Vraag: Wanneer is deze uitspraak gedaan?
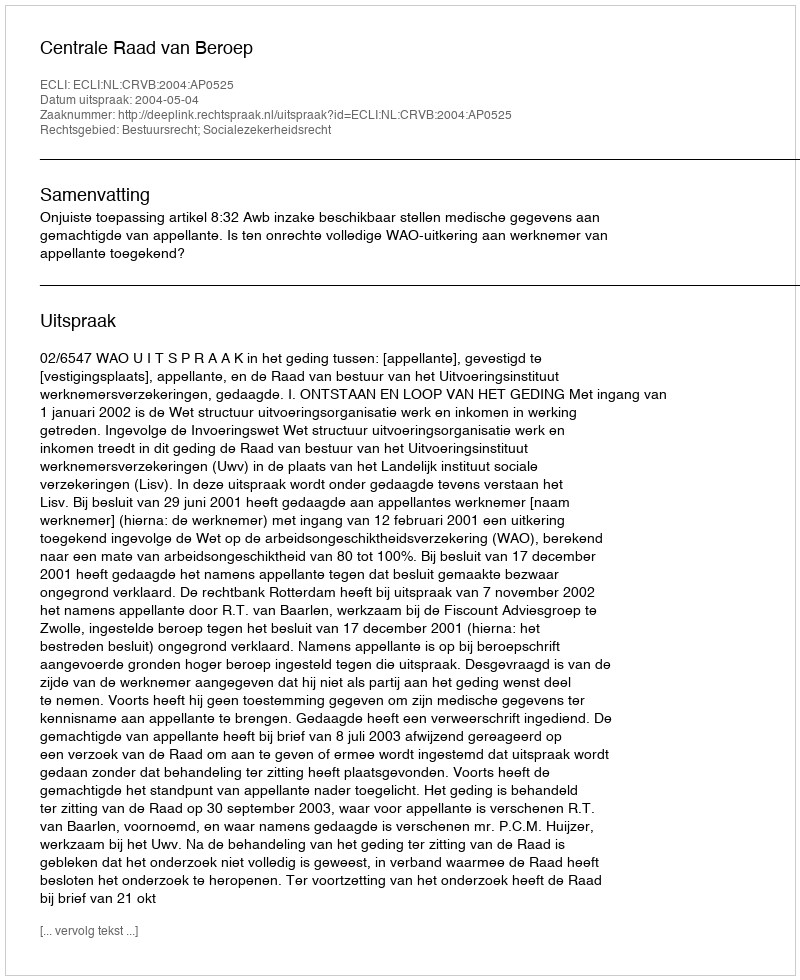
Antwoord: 2004-05-04